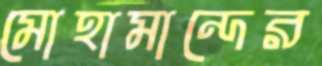
মোহামান্দের